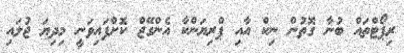
ރިޕޯޓްތައް ބުނާ ގޮތުން ނިކް އާއި ޕްރިޔަންކާ އެންގޭޖް ކޮށްފައިވަނީ މިދިޔަ ޖުލައި